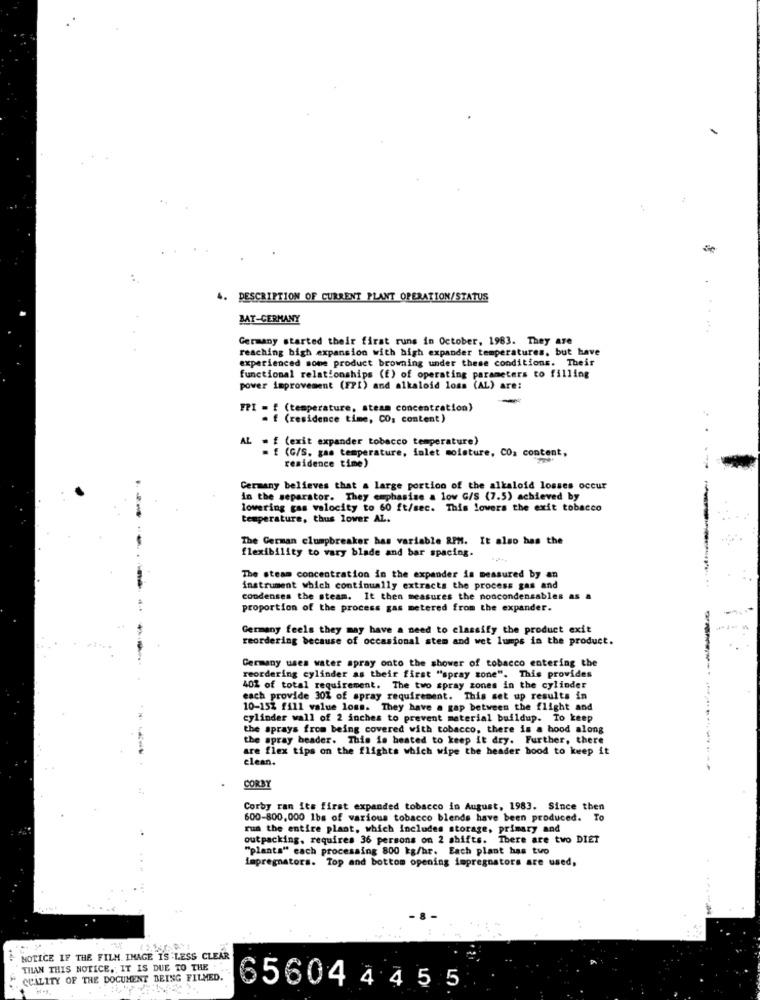
4. DESCRIPTION OF CURRENT PLANT OPERATION/STATUS
BAT-GERMANY
... ...
Germany started their first runs in October, 1983. They are
reaching bigh expansion with high expander temperatures, but have
experienced some product browning under these conditions. Their
functional relationships (f) of operating parameters to filling
power improvement (FP1) and alkaloid loss (AL) are:
FPI = f (temperature, steam concentration)
. f (residence time, CO, content)
AL = f (exit expander tobacco temperature)
- E (G/S. gas temperature, inlet moisture, CO: content,
residence time)
Germany believes that a large portion of the alkaloid losses occur
in the separator. They emphasise a low G/S (7.5) achieved by
lowering gas valocity to 60 ft/sec. This lowers the exit tobacco
temperature, thus lover AL.
The German clumpbreaker has variable RPM. It also has the
flexibility to vary blade and bar spacing.
The steam concentration in the expander in measured by an
--
instrument which continually extracts the process gas and
condenses the steam. It then measures the noncondensables as
proportion of the process gas metered from the expander.
Germany feels they may have a need to classify the product exit
reordering because of occasional stem and wet lumps in the product.
Germany uses water spray onto the shower of tobacco entering the
reordering cylinder as their first "spray zone". This provides
40% of total requirement. The two spray zones in the cylinder
each provide 301 of spray requirement. This set up results in
10-15% fill value loss. They have a gap between the flight and
cylinder wall of 2 inches to prevent material buildup. To keep
the sprays from being covered with tobacco, there is a hood along
the spray beader. This is heated to keep it dry. Further, there
are flex tips on the flights which wipe the header bood to keep it
clean.
CORBY
Corby ran its first expanded tobacco in August, 1983. Since then
600-800,000 1bs of various tobacco blends have been produced. To
run the entire plant, which includes storage, primary and
outpacking, requires 36 persons on 2 shifts. There are two DIET
"plants" cach processing 800 kg/hr. Each plant has two
impregnators. Top and bottom opening impregnators are used,
NOTICE IF THE FILM. IMAGE IS LESS CLEAR
THAN THIS NOTICE, IT IS DUE TO THE
QUALITY OF THE DOCUMENT BEING FILMED.
65604 4 4 5 5